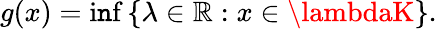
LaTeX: g(x)=\operatorname*{i\mathtt{n}f}\left\{ \lambda\in\mathbb{{R}}:x\in\lambdaK\right\} .